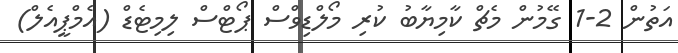
އަތުން 2-1 ގޭމުން މެޗް ކާމިޔާބު ކުރި މޯލްޑިވްސް ޕޯޓްސް ލިމިޓެޑް (އެމްޕީއެލް)